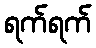
ရက်ရက်